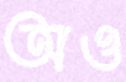
অও